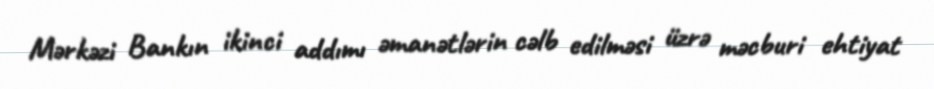
Mərkəzi Bankın ikinci addımı əmanətlərin cəlb edilməsi üzrə məcburi ehtiyat